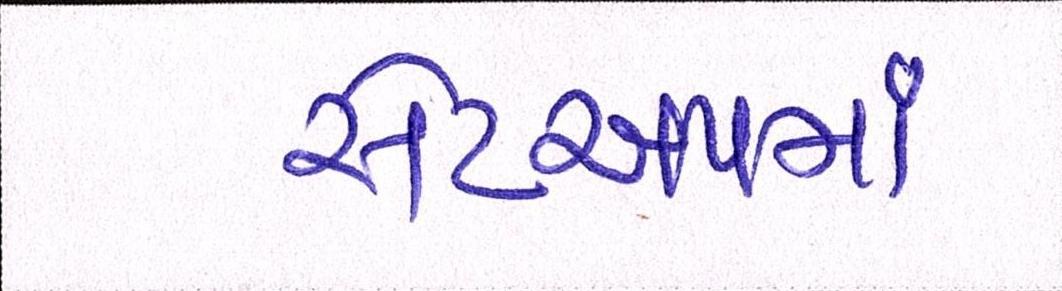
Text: સેટઅપમાં